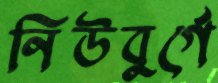
নিউবুর্গে